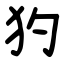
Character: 犳